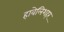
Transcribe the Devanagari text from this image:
हावेलिशहर